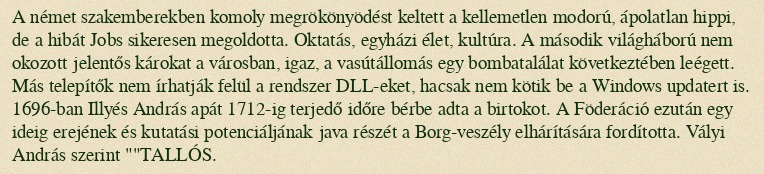
A német szakemberekben komoly megrökönyödést keltett a kellemetlen modorú, ápolatlan hippi, de a hibát Jobs sikeresen megoldotta. Oktatás, egyházi élet, kultúra. A második világháború nem okozott jelentős károkat a városban, igaz, a vasútállomás egy bombatalálat következtében leégett. Más telepítők nem írhatják felül a rendszer DLL-eket, hacsak nem kötik be a Windows updatert is. 1696-ban Illyés András apát 1712-ig terjedő időre bérbe adta a birtokot. A Föderáció ezután egy ideig erejének és kutatási potenciáljának java részét a Borg-veszély elhárítására fordította. Vályi András szerint ""TALLÓS.